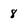
Character: 8